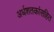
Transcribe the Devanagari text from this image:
अर्धशतकांसहित